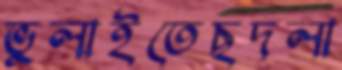
ভুলাইতেছদলা